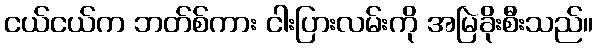
ငယ်ငယ်က ဘတ်စ်ကား ငါးပြားလမ်းကို အမြဲခိုးစီးသည်။